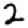
Digit: 2